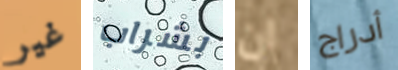
غير بشراب ان أدراج